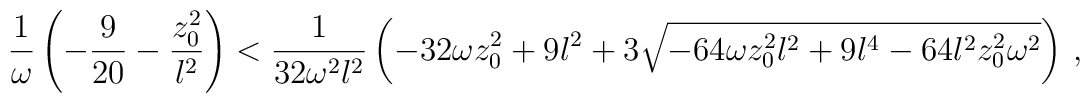
{1 \over \omega} \left( -{9\over {20}} - {{z_0 ^2}\over l^2} \right)< {1 \over {32 \omega^2 l^2}} \left( -32 \omega z_0 ^2 + 9l^2+ 3 \sqrt{-64\omega z_0 ^2 l^2 + 9l^4 - 64 l^2 z_0 ^2 \omega ^2}\right) \, ,